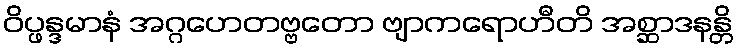
ဝိပ္ဖန္ဒမာနံ အဂ္ဂဟေတဗ္ဗတော ဗျာကရောဟီတိ အစ္ဆာဒနန္တိ